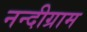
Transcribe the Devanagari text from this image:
नन्दीग्राम